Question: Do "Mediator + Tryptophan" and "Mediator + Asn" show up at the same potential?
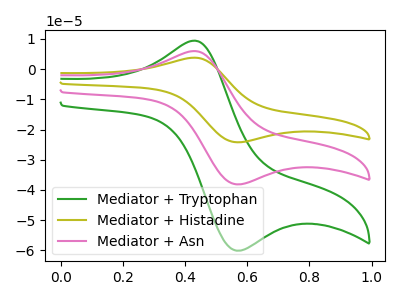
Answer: <think>The green curve "Mediator + Tryptophan" has an anodic peak at (0.45V, 9.40uA) and a cathodic peak at (0.55V, -60.10uA). The olive curve "Mediator + Histadine" has an anodic peak at (0.45V, 11.95uA) and a cathodic peak at (0.55V, -76.30uA). The pink curve "Mediator + Asn" has an anodic peak at (0.45V, 5.95uA) and a cathodic peak at (0.55V, -38.15uA).
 All the peaks in "Mediator + Tryptophan" have a peak in "Mediator + Asn" at the same potential. Every peak in "Mediator + Tryptophan" is higher than every peak in "Mediator + Asn".</think>
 <answer>"Mediator + Tryptophan" and "Mediator + Asn" are similar in shape.</answer>
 <eval>same_shape</eval>